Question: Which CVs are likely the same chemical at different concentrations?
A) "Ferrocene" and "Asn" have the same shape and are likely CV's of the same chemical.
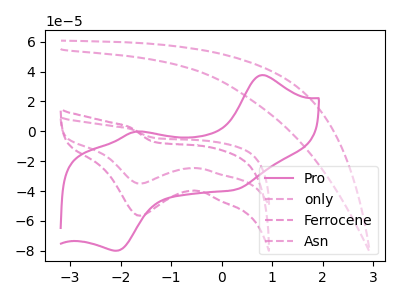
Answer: <think>The pink curve "Pro" has anodic peaks at (0.80V, 37.60uA) (-1.70V, -0.25uA) and cathodic peaks at (-2.05V, -79.90uA) (0.25V, -39.10uA). The pink dashed curve "only" has no peaks. The pink dashed curve "Ferrocene" has a cathodic peak at: (-1.60V, -56.45uA). The pink dashed curve "Asn" has a cathodic peak at: (-1.60V, -35.00uA).
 "Pro" and "only" have a different number of peaks. "Pro" and "Ferrocene" have a different number of peaks. "Pro" and "Asn" have a different number of peaks. "only" and "Ferrocene" have a different number of peaks. "only" and "Asn" have a different number of peaks. All the peaks in "Ferrocene" have a peak in "Asn" at the same potential. Every peak in "Ferrocene" is higher than every peak in "Asn".</think>
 <answer>A) "Ferrocene" and "Asn" have the same shape and are likely CV's of the same chemical.</answer>
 <eval>A</eval>